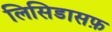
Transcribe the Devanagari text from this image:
लिसिडासफ़